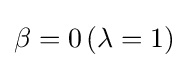
\beta =0\,(\lambda =1)